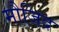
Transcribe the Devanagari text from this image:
मौजिद